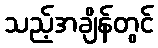
သည့်အချိန်တွင်